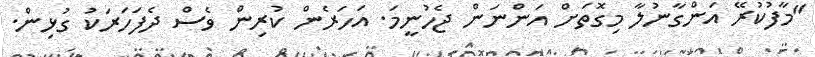
"މާފުކުރޭ އަންގާނުލާ މިގޮތަށް އަންނަން ޖެހުނީމަ. އަހަރެން ކުރިން ވެސް ދެފަހަރަކު ގުޅިން.